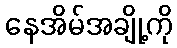
နေအိမ်အချို့ကို